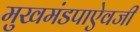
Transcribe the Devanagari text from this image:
मुखमंडपाऐवजी